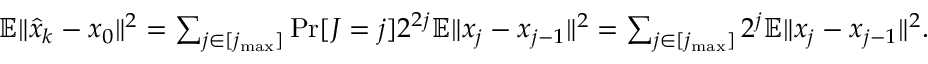
\begin{array} { r } { \mathbb { E } \| \widehat { x } _ { k } - x _ { 0 } \| ^ { 2 } = \sum _ { j \in [ j _ { \operatorname* { m a x } } ] } \operatorname* { P r } [ J = j ] 2 ^ { 2 j } \mathbb { E } \| x _ { j } - x _ { j - 1 } \| ^ { 2 } = \sum _ { j \in [ j _ { \operatorname* { m a x } } ] } 2 ^ { j } \mathbb { E } \| x _ { j } - x _ { j - 1 } \| ^ { 2 } . } \end{array}